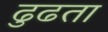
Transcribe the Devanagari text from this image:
ढुढता